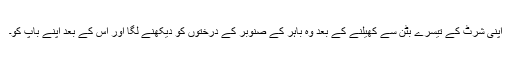
اپنی شرٹ کے تیسرے بٹن سے کھیلنے کے بعد وہ باہر کے صنوبر کے درختوں کو دیکھنے لگا اور اس کے بعد اپنے باپ کو۔